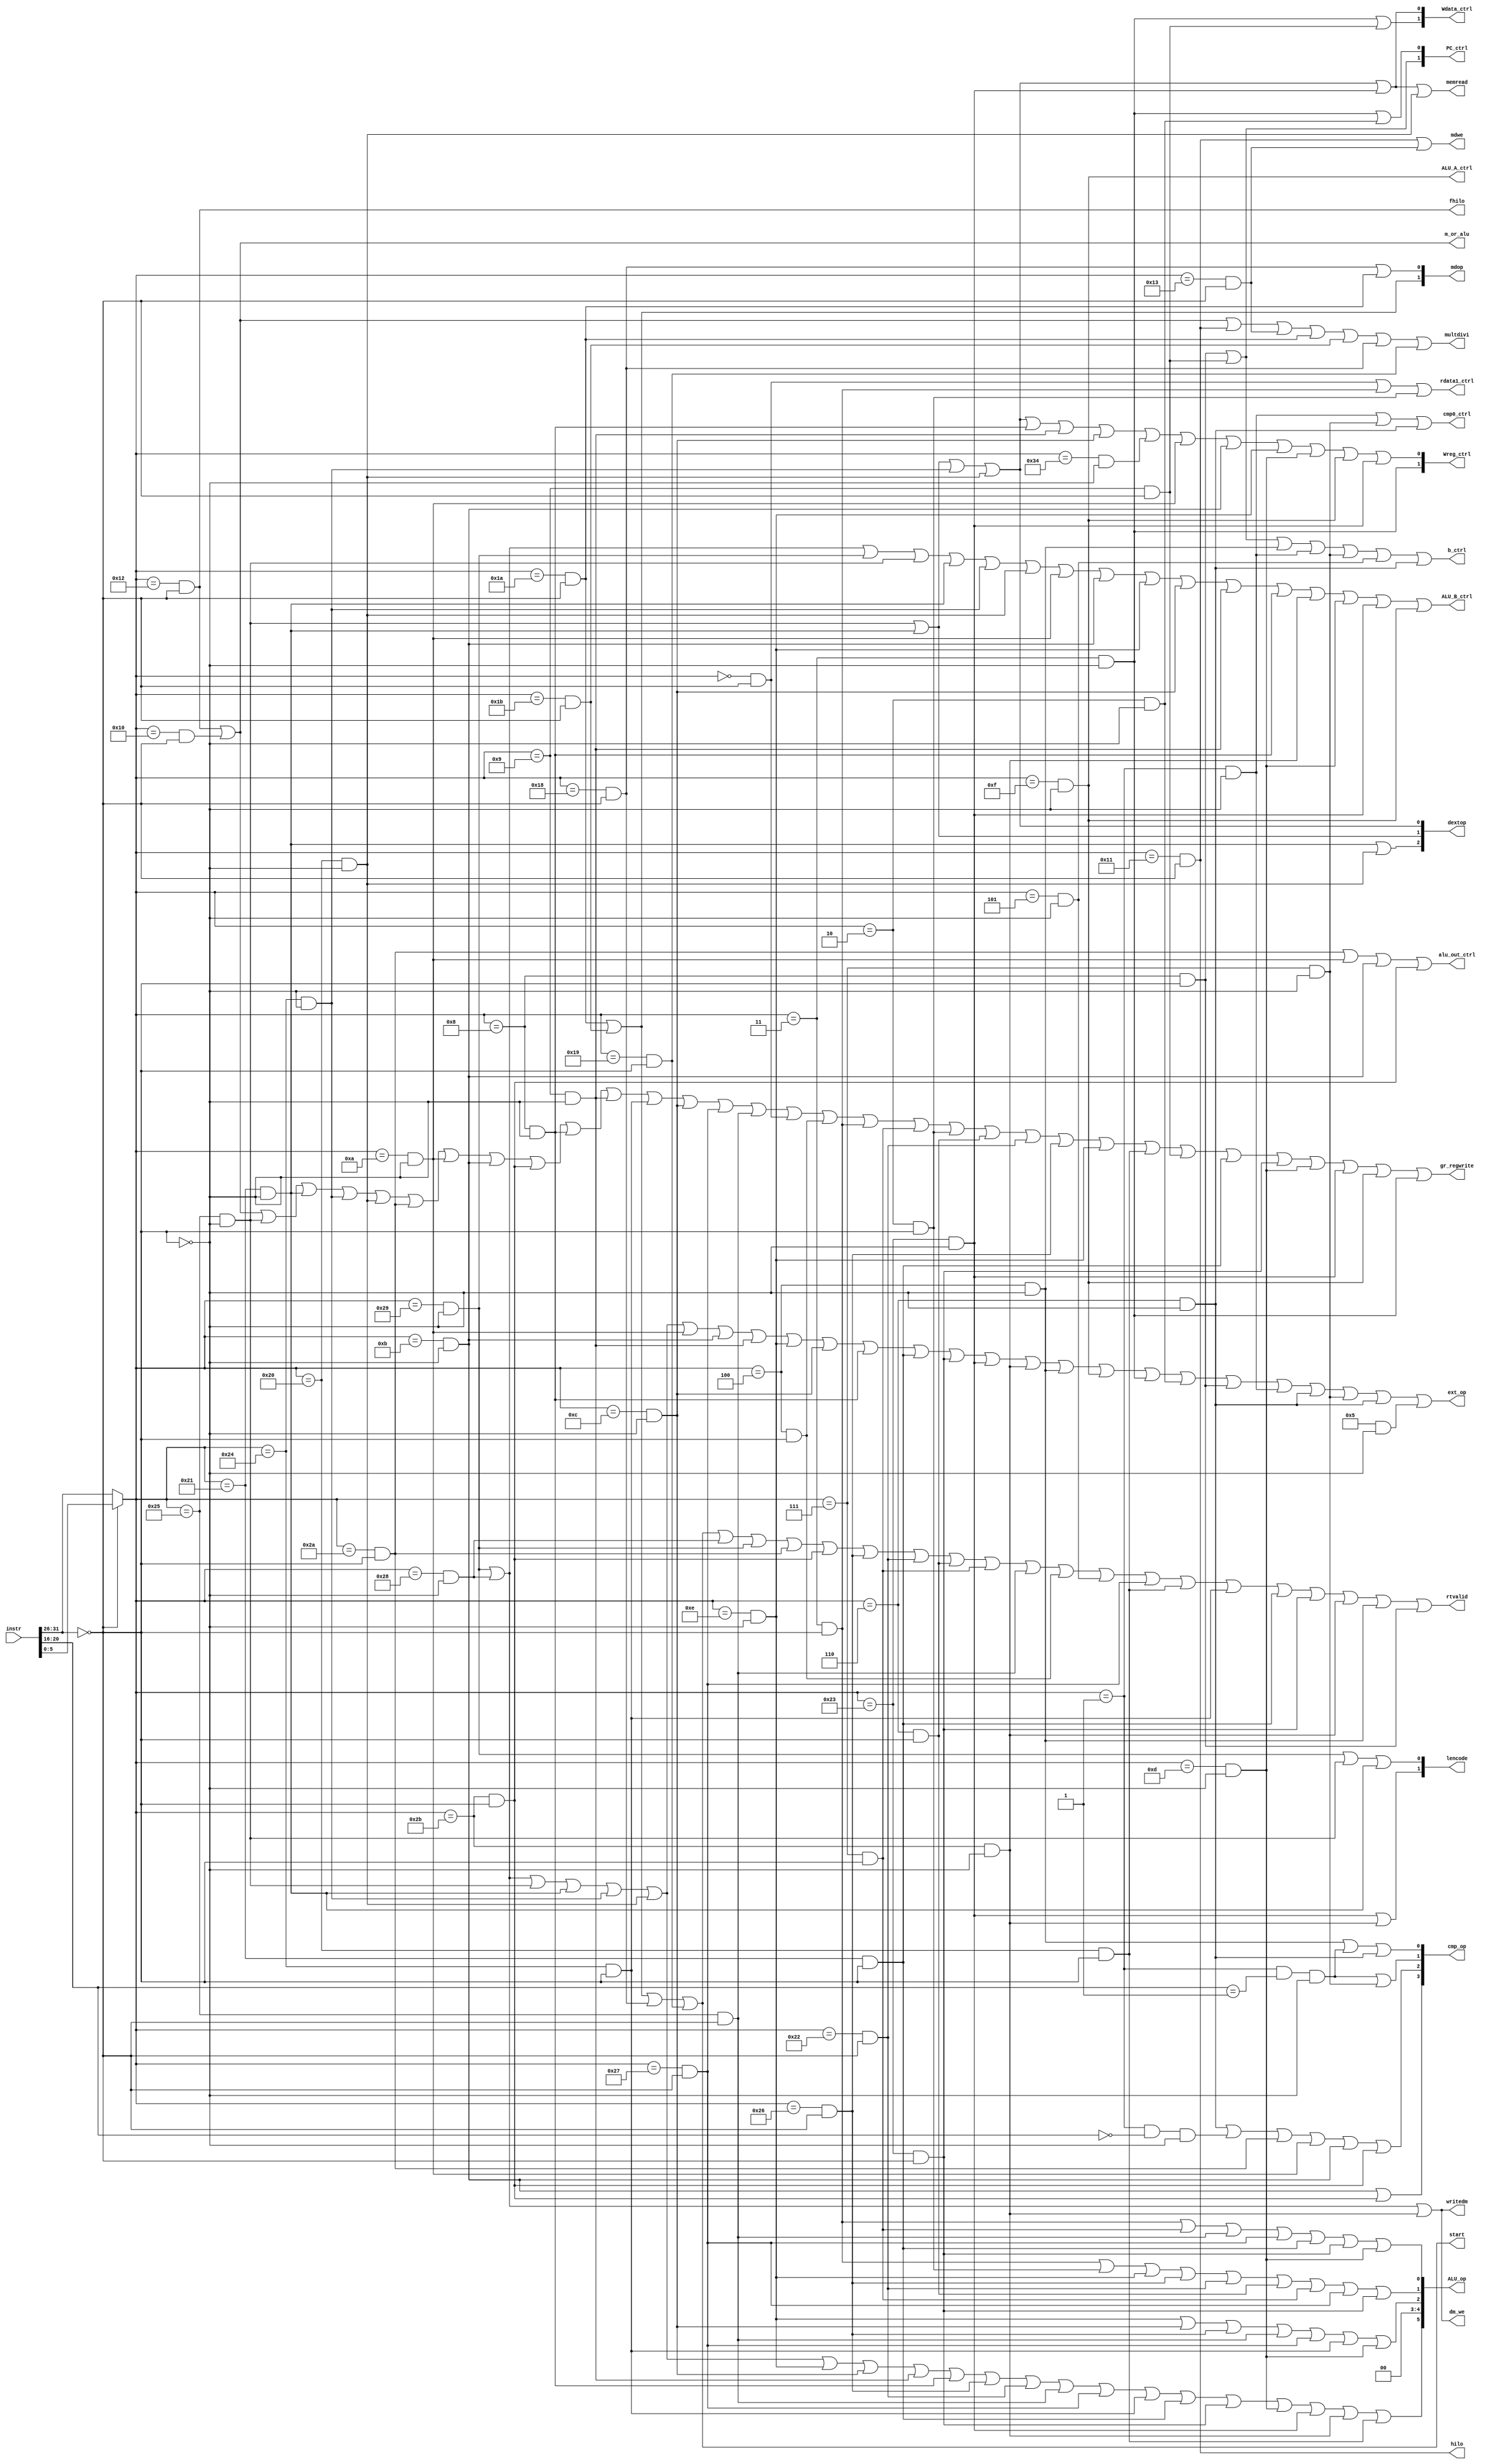
`timescale 1ns / 1ns
//////////////////////////////////////////////////////////////////////////////////
// Company: 
// Engineer: 
// 
// Design Name: 
// Module Name: adder
// Project Name: 
// Target Devices: 
// Tool Versions: 
// Description: 
// 
// Dependencies: 
// 
// Revision:
// Revision 0.01 - File Created
// Additional Comments:
// 
//////////////////////////////////////////////////////////////////////////////////

module ctrl(input [31:0] instr, output multdivi, output hilo, output [1:0]mdop, output mdwe, output start, output fhilo, output m_or_alu, output [1:0]lencode, output[2:0]dextop, output alu_out_ctrl, output cmp0_ctrl, output rdata1_ctrl, output [1:0]PC_ctrl, output [1:0] Wreg_ctrl, output rtvalid,
            output [3:0] cmp_op, output [1:0] Wdata_ctrl, output [5:0]ALU_op, output ALU_B_ctrl, output gr_regwrite, output dm_we, output b_ctrl, output ext_op, output memread, output writedm, output ALU_A_ctrl);
    wire [5:0]op;
    wire special;
    wire [4:0]cmpcode;
    assign special = (instr[31:26] == 6'b000000);    
    assign op = (special==1)?instr[5:0]:instr[31:26];
    assign cmpcode = instr[20:16];
    //1 sign-ext, 0 unsign-ext
    assign ext_op = (op==6'b101001&&~special)||(op==6'b101000&&~special)||(op==6'b100101&&~special)||(op==6'b100001&&~special)||(op==6'b100100&&~special)||(op==6'b100000&&~special)||(op==6'b001010&&~special)||(op==6'b001011&&~special)||(op==6'b001001&&~special)||(op==6'b001110&&~special)||(op==6'b001100&&~special)||(op==6'b001000&&~special)||(op==6'b100001&&special)||(op==6 'b100011&&special)||(op==6'b100011&&~special)||(op==6'b101011&&~special)||(op==6'b000100&&~special)||(op==6'b001111&&~special)||(op==6'b000011&&~special)||(op==6'b000010&&~special)||(op==6'b001000&&special)||(op==6'b000001&&~special)||(op==6'b000110&&~special)||(op==6'b000111&&~special)||(op==6'b000110&&~special)||(6'b000101&&~special);
    
    //00 b, 01 h, 10 w
    assign lencode[0] = (op==6'b101001&&~special)||(op==6'b100101&&~special)||(op==6'b100001&&~special);
    assign lencode[1] = (op==6'b100011&&~special)||(op==6'b101011&&~special);
    
    assign dextop[0] = (op==6'b100101&&~special)||(op==6'b100001&&~special)||(op==6'b100100&&~special)||(op==6'b100000&&~special);
    assign dextop[1] = (op==6'b100101&&~special)||(op==6'b100001&&~special);
    assign dextop[2] = (op==6'b100001&&~special)||(op==6'b100000&&~special);
        
    //0 alu, 1 cmp
    assign alu_out_ctrl = (op==6'b101010&&special)||(op==6'b001010&&~special)||(op==6'b001011&&~special)||(op==6'b101011&&special);
    
    assign cmp0_ctrl = (op==6'b000001&&~special)||(op==6'b000111&&~special)||(op==6'b000110&&~special);
    
    //0 rs, 1 sa
    assign rdata1_ctrl = (op==6'b000000&&special)||(op==6'b000011&&special)||(op==6'b000010&&special);
    
    //00 pc+4 or b, 01 catenate, 10 rs
    assign PC_ctrl[0] = ((op == 6'b000011)&&(~special))||((op==6'b000010)&&~special);
    assign PC_ctrl[1]  = ((op == 6'b001000)&&special)||(op==6'b001001&&special);
    
    //00 rd, 01 rt, 10 11111
    assign Wreg_ctrl[0] = (op==6'b100101&&~special)||(op==6'b100001&&~special)||(op==6'b100100&&~special)||(op==6'b100000&&~special)||(op==6'b001000&&~special)||(op==6'b001001&&~special)||(op==6'b001100&&~special)||(op==6'b110100&&~special)||(op==6'b001010&&~special)||(op==6'b001011&&~special)||(op==6'b001110&&~special)||((op == 6'b001101)&&(~special)) || ((op==6'b001111)&&(~special)) || ((op==6'b100011)&&(~special));
    assign Wreg_ctrl[1] = (op == 6'b000011)&&(~special);
    
    //00 alu, 01 dm_out 10 adder_result
    assign Wdata_ctrl[0] = (op==6'b100101&&~special)||(op==6'b100001&&~special)||(op==6'b100100&&~special)||(op==6'b100000&&~special)||((op == 6'b100011)&&(~special));
    assign Wdata_ctrl[1] = ((op == 6'b000011)&&(~special))||(op==6'b001001&&special);
    
    assign ALU_op[0] = (op==6'b000011&&special)||(op==6'b000111&&special)||(op==6'b100101&&special)||(op==6'b100111&&special)||(op==6'b100001&&special)||(op==6'b100011&&special)||(op==6'b001101&&~special);
    assign ALU_op[1] = (op==6'b000011&&special)||(op==6'b000010&&special)||(op==6'b001110&&~special)||(op==6'b100110&&special)||(op==6'b100010&&special)||(op==6'b000110&&special)||(op==6'b000111&&special)||(op==6'b100111&&special)||(op==6'b100011&&special);
    assign ALU_op[2] = (op==6'b001110&&~special)||(op==6'b001100&&~special)||(op==6'b100110&&special)||(op==6'b100101&&special)||(op==6'b100111&&special)||(op==6'b100100&&special)||(op==6'b001101&&~special);
    assign ALU_op[3] = 1'b0;
    assign ALU_op[4] = 1'b0;
    assign ALU_op[5] = (op==6'b101001&&~special)||(op==6'b101000&&~special)||(op==6'b100101&&~special)||(op==6'b100001&&~special)||(op==6'b100100&&~special)||(op==6'b100000&&~special)||(op==6'b001110&&~special)||(op==6'b001100&&~special)||(op==6'b001001&&~special)||(op==6'b001000&&~special)||(op==6'b100110&&special)||(op==6'b100010&&special)||(op==6'b100101&&special)||(op==6'b100111&&special)||(op==6'b100100&&special)||(op==6'b100001&&special)||(op==6'b100011&&special)||(op==6'b001101&&~special)||(op==6'b100011&&~special)||(op==6'b101011&&~special)||(op==6'b100000&&special);
    
    //0 rt, 1 imm
    assign ALU_B_ctrl =  (op==6'b101001&&~special)||(op==6'b101000&&~special)||(op==6'b101001&&~special)||(op==6'b100101&&~special)||(op==6'b100001&&~special)||(op==6'b100100&&~special)||(op==6'b100000&&~special)||(op==6'b001010&&~special)||(op==6'b001011&&~special)||(op==6'b001110&&~special)||(op==6'b001100&&~special)||(op==6'b001001&&~special)||(op==6'b001000&&~special)||((op==6'b101011)&&(~special)) || ((op==6'b001101)&&(~special)) || ((op==6'b100011)&&(~special))||(op==6'b001111&&~special);
    assign gr_regwrite = (op==6'b010010&&special)||(op==6'b010000&special)||(op==6'b100101&&~special)||(op==6'b100001&&~special)||(op==6'b100100&&~special)||(op==6'b100000&&~special)||(op==6'b101010&&special)||(op==6'b001010&&~special)||(op==6'b001011&&~special)||(op==6'b101011&&special)||(op==6'b001000&&~special)||(op==6'b001001&&~special)||(op==6'b100100&&special)||(op==6'b001100&&~special)||(op==6'b100111&&special)||(op==6'b100101&&special)||(op==6'b000000&&special)||(op==6'b000100&&special)||(op==6'b000011&&special)||(op==6'b000111&&special)||(op==6'b000010&&special)||(op==6'b000110&&special)||(op==6'b100010&&special)||(op==6'b100110&&special)||(op==6'b001110&&~special)||(op==6'b100000&&special)||(op==6'b001001&&special)||(op== 6'b100001&&special)||(op==6'b100011&&special)||(op==6'b001101&&~special)||(op==6'b100011&&~special)||(op==6'b001111&&~special)||(op==6'b000011&&~special);
    assign dm_we = (op==6'b101001&&~special)||(op==6'b101000&&~special)||(op == 6'b101011)&&(~special);
    assign b_ctrl = (op==6'b001001&&special)||(op==6'b001000&&special)||(op==6'b000100)&&(~special)||(op==6'b000001&&~special)||(op==6'b000111&&~special)||(op==6'b000101&&~special)||(op==6'b000110&&~special);
    assign memread = (op==6'b100101&&~special)||(op==6'b100001&&~special)||(op==6'b100100&&~special)||(op==6'b100000&&~special)||(op==6'b100011)&&(~special)||(op==6'b100000&&~special);
    assign rtvalid = (op==6'b011010&&special)||(op==6'b011011&&special)||(op==6'b011000&&special)||(op==6'b011001&&special)||(op==6'b101000&&~special)||(op==6'b101001&&~special)||(op==6'b101010&&special)||(op==6'b101011&&special)||(op==6'b100110&&special)||(op==6'b100010&&special)||(op==6'b000110&&special)||(op==6'b000111&&special)||(op==6'b100101&&special)||(op==6'b000100&&special)||(op==6'b000101&&~special)||(op==6'b100111&&special)||(op==6'b100000&&special)||(op==6'b100100&&special)||((op==6'b100001)&&special)||((op==6'b100011)&&special)||((op==6'b101011)&&(~special))||((op==6'b000100)&&(~special))||(op==6'b001000&&special);
    assign writedm = (op==6'b101001&&~special)||(op==6'b101000&&~special)||(op==6'b101011&&(~special));
    
    //00 rs, 01 16(left-shift16)
    assign ALU_A_ctrl = (op==6'b001111&&~special);
    
    //0000ne, 0001e, 0011ge, 0010gt, 0101le,0100lt, 1000ne, 1001e, 1011ge, 1010gt, 1101le,1100lt
    assign cmp_op[0] = (op==6'b000100&&~special)||(op==6'b000001&&cmpcode==5'b00001&&~special)||(op==6'b000110&&~special);
    assign cmp_op[1] = (op==6'b000001&&cmpcode==5'b00001&&~special)||(op==6'b000111&&~special);
    assign cmp_op[2] = (op==6'b000110&&~special)||(op==6'b000001&&cmpcode==5'b00000&&~special)||(op==6'b101010&&special)||(op==6'b001010&&~special)||(op==6'b001011&&~special)||(op==6'b101011&&special);
    assign cmp_op[3] = (op==6'b001011&&~special)||(op==6'b101011&&special);
    
    assign hilo = (op==6'b010001&&special);
    assign mdop[0] = (op==6'b011000&&special)||(op==6'b011010&&special);
    assign mdop[1] = (op==6'b011010&&special)||(op==6'b011011&&special);
    
    assign start = (op==6'b011010&&special)||(op==6'b011011&&special)||(op==6'b011000&&special)||(op==6'b011001&&special);
    
    assign mdwe = (op==6'b010001&&special)||(op==6'b010011&&special);
    assign fhilo = (op==6'b010010&&special);
    assign m_or_alu = (op==6'b010010&&special)||(op==6'b010000&special);
    
    assign multdivi = (op==6'b010010&&special)||(op==6'b010000&special)||(op==6'b010001&&special)||(op==6'b010011&&special)||(op==6'b011010&&special)||(op==6'b011011&&special)||(op==6'b011000&&special)||(op==6'b011001&&special);
endmodule

module forwarding_unit(input writedm, input rtvalid, input [4:0] RdM, input [4:0]RdE, input reg_writeM, input reg_writeE, input [4:0]RsD, input [4:0]RtD, output [1:0]forwardA, output [1:0]forwardB, output forwardA_beq, output forwardB_beq, output forwardMWritedata/*, output [1:0]forwardR1, output [1:0]forwardR2*/);
    assign forwardA[0] = (reg_writeM == 1 && ~(RdM==0) && ~(reg_writeE==1&&~(RdE==0)&&(RdE==RsD)) && RdM==RsD);
    assign forwardA[1] = (reg_writeE==1 && ~(RdE == 0) && (RdE==RsD));
    assign forwardB[0] = (reg_writeM == 1 && ~(RdM==0) && ~(reg_writeE&&~(RdE==0)&&(RdE==RtD)&&rtvalid&&~writedm) && ((RdM==RtD)&&rtvalid));
    assign forwardB[1] = (reg_writeE==1 && ~(RdE == 0) && (RdE==RtD)&&rtvalid&&~writedm);
    assign forwardA_beq = forwardA[0];
    assign forwardB_beq = forwardB[0];
    assign forwardMWritedata = writedm&&(reg_writeE==1&&~(RdE==0)&&(RdE==RtD));
//    assign fowardR1 = (reg_writeM==1 && ~(RdE == 0) &&  (RdE==RsD))?(2'b10):((reg_writeM == 1 && ~(RdM==0) && ~(reg_writeE&&~(RdE==0)&&(RdE==RsD)) && RdM==RsD)?(2'b01):2'b00);
//    assign fowardR2 = (reg_writeM==1 && ~(RdE == 0) && (RdE==RtD))?(2'b10):((reg_writeM == 1 && ~(RdM==0) && ~(reg_writeE&&~(RdE==0)&&(RdE==RtD)) && RdM==RtD)?(2'b01):2'b00);
endmodule

module hazard_unit(input multdivi, input busy, input writedm, input rtvalid, input beq_ctrl, input memreadE, input memreadM, input reg_writeE, input [4:0]RdE, input [4:0]RsD, input [4:0]RtD, input [4:0]RdM, output stall, output PC_IFWrite);
    assign stall = (memreadE==1&&(RdE==RsD||(RdE==RtD&&rtvalid&&(~writedm))))||((beq_ctrl==1)&&(memreadM==1)&&(RdM==RsD||(RdM==RtD&&rtvalid)))||((beq_ctrl==1)&&(reg_writeE==1 && ~(RdE == 0) && (RdE==RsD||(RdE==RtD&&rtvalid))))||(multdivi&&busy);
    assign PC_IFWrite = ~stall;
endmodule